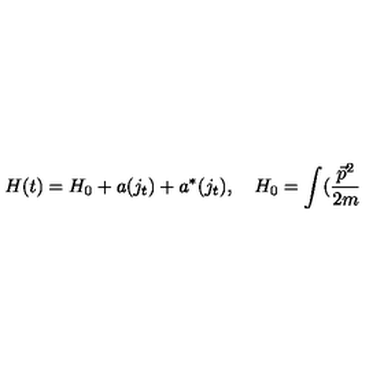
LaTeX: H ( t ) = H _ { 0 } + a ( j _ { t } ) + a ^ { * } ( j _ { t } ) , \quad H _ { 0 } = \int ( \frac { \vec { p } ^ { 2 } } { 2 m }